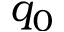
q _ { 0 }